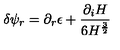
\delta \psi _ { r } = \partial _ { r } \epsilon + { \frac { \partial _ { i } H } { 6 H ^ { \frac { 3 } { 2 } } } }